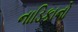
નાડિકાનો